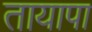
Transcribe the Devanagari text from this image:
तायापा